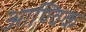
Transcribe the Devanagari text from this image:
आण्‍विक